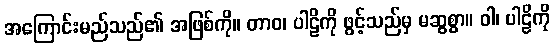
အကြောင်းမည်သည်၏ အဖြစ်ကို။ တာဝ၊ ပါဠိကို ဖွင့်သည်မှ မဆွစွာ။ ဝါ၊ ပါဠိကို